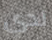
لدي